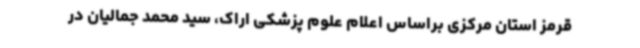
قرمز استان مرکزی براساس اعلام علوم پزشکی اراک، سید محمد جمالیان در